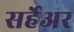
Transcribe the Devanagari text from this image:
सर्हेअर